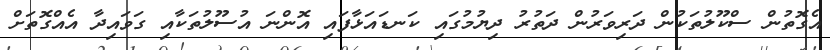
އެގޮތުން ސްކޫލުތަކުން ދަރިވަރުން ދަތުރު ދިޔުމުގައި ކަނޑައަޅާފައި އޮންނަ އުސޫލުތަކާއި ގަވައިދާ އެއްގޮތަށް